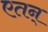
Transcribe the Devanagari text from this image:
एतन्‌